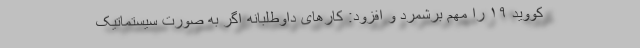
کووید ۱۹ را مهم برشمرد و افزود: کارهای داوطلبانه اگر به صورت سیستماتیک